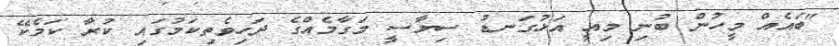
"ބައެއް މީހުން ބުނި މިއީ އަޅުގަނޑު ސިޔާސީ މަގާމެއްގެ ދަހިވެތިކަމުގައި ކުރާ ކަމެކޭ